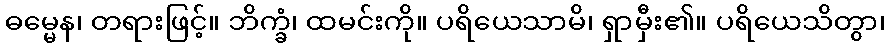
ဓမ္မေန၊ တရားဖြင့်။ ဘိက္ခံ၊ ထမင်းကို။ ပရိယေသာမိ၊ ရှာမှီး၏။ ပရိယေသိတွာ၊